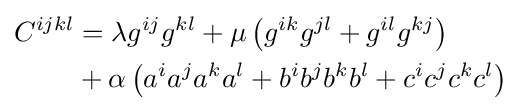
{\begin{aligned}C^{ijkl}&=\lambda g^{ij}g^{kl}+\mu \left(g^{ik}g^{jl}+g^{il}g^{kj}\right)\\&+\alpha \left(a^{i}a^{j}a^{k}a^{l}+b^{i}b^{j}b^{k}b^{l}+c^{i}c^{j}c^{k}c^{l}\right)\end{aligned}}